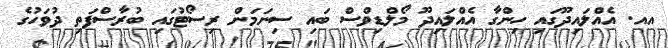
އއ. އެއްލައިދޫގައި ހިންގާ އެއްލައިދޫ މޯލްޑިވްސް ބައި ސިނަމަން ރިސޯޓުގައި ބުރާސްފަތި ދުވަހުގެ